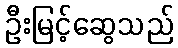
ဦးမြင့်ဆွေသည်